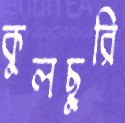
কুলছুরি